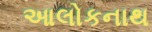
આલોકનાથ